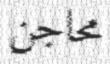
محاجن